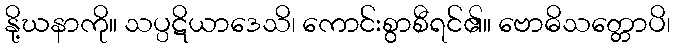
နို့ဃနာကို။ သပ္ပဋိယာဒေသိ၊ ကောင်းစွာစီရင်၏။ ဗောဓိသတ္တောပိ၊